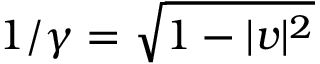
1 / \gamma = \sqrt { 1 - | v | ^ { 2 } }